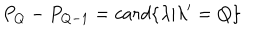
P _ { Q } - P _ { Q - 1 } = c a r d \{ \lambda | \lambda ^ { \prime } = Q \}